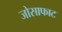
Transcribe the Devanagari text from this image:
जोसाफाट